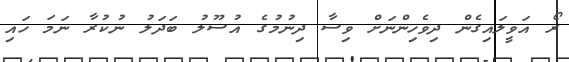
ރޯ އަވީލައިގެން ދިވެހިންނަށް ވިސާ ދިނުމުގެ އުސޫލު ބަދަލު ނުކުރާ ނަމަ ހައި